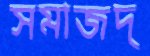
সমাজদ্